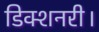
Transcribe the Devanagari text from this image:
डिक्शनरी।